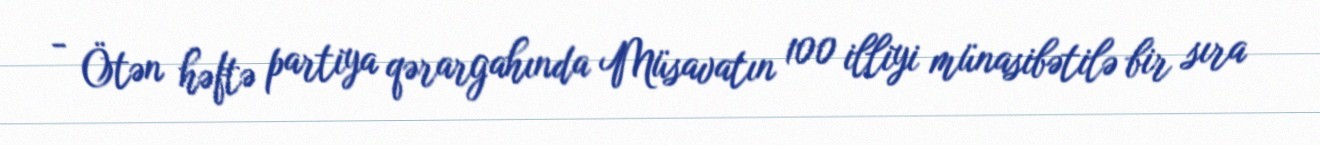
- Ötən həftə partiya qərargahında Müsavatın 100 illiyi münasibətilə bir sıra